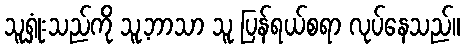
သူရှုံးသည်ကို သူ့ဘာသာ သူ ပြန်ရယ်စရာ လုပ်နေသည်။